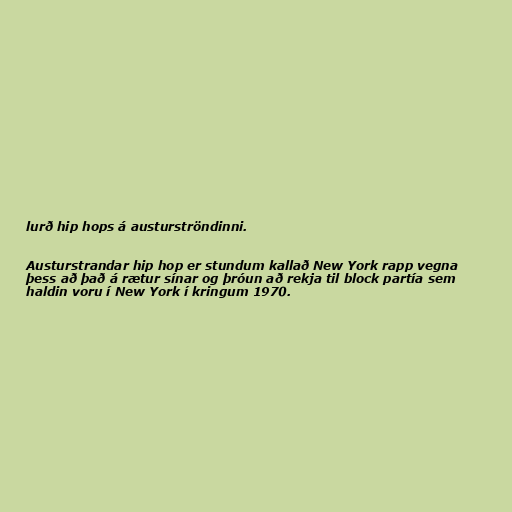
lurð hip hops á austurströndinni.

Austurstrandar hip hop er stundum kallað New York rapp vegna
þess að það á rætur sínar og þróun að rekja til block partía sem
haldin voru í New York í kringum 1970.